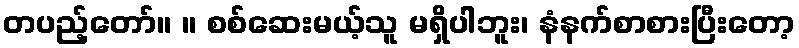
တပည့်တော်။ ။ စစ်ဆေးမယ့်သူ မရှိပါဘူး၊ နံနက်စာစားပြီးတော့